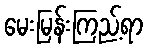
မေးမြန်းကြည့်ရာ